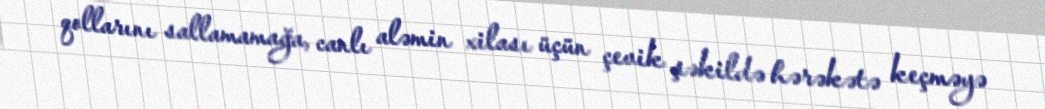
qollarını sallamamağa, canlı aləmin xilası üçün çevik şəkildə hərəkətə keçməyə